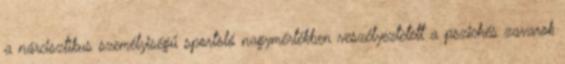
a nárcisztikus személyiségű sportoló nagymértékben veszélyeztetett a pszichés zavarok